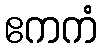
ဧကကံ